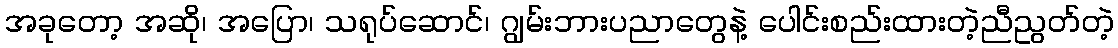
အခုတော့ အဆို၊ အပြော၊ သရုပ်ဆောင်၊ ဂျွမ်းဘားပညာတွေနဲ့ ပေါင်းစည်းထားတဲ့ညီညွတ်တဲ့